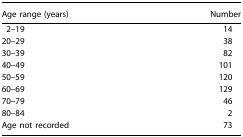
<table><thead><tr><td><b>Age range (years)</b></td><td><b>Number</b></td></tr></thead><tbody><tr><td>2–19</td><td>14</td></tr><tr><td>20–29</td><td>38</td></tr><tr><td>30–39</td><td>82</td></tr><tr><td>40–49</td><td>101</td></tr><tr><td>50–59</td><td>120</td></tr><tr><td>60–69</td><td>129</td></tr><tr><td>70–79</td><td>46</td></tr><tr><td>80–84</td><td>2</td></tr><tr><td>Age not recorded</td><td>73</td></tr></tbody></table>